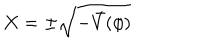
LaTeX: X = \pm \sqrt { - \bar { V } ( \phi ) }